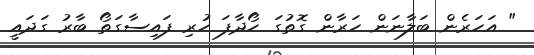
" އަހަރެން ބަލާނަން ހަރާން ގޮތުގަ ހޯދާފަ ހުރި ފައިސާގަތޯ ބާރު ގަދައީ